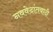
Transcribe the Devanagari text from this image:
नववेदांतवादी